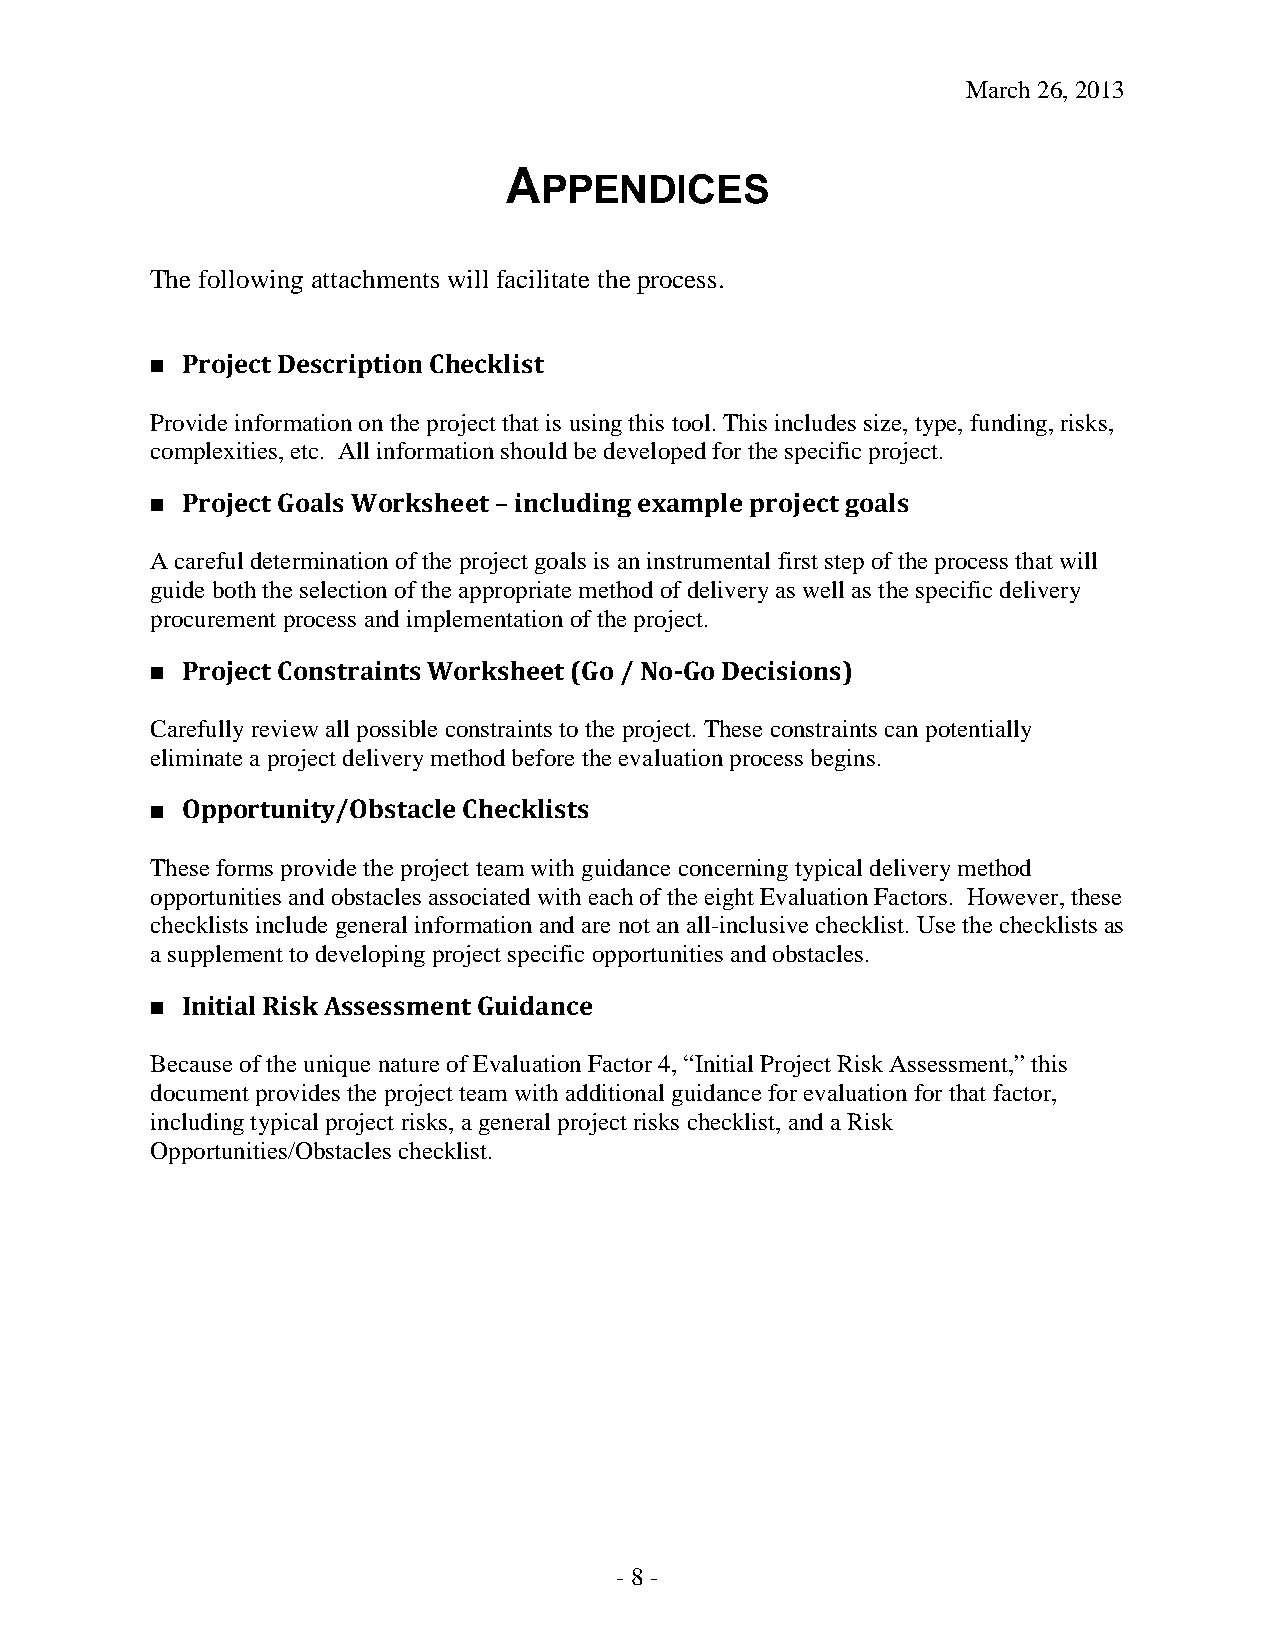
March 26, 2013
 A
 PPENDICES
 The following attachments will facilitate the process.
  Project Description Checklist
 Provide information on the project that is using this tool. This includes size, type, funding, risks,
 complexities, etc. All information should be developed for the specific project.
  Project Goals Worksheet – including example project goals
 A careful determination of the project goals is an instrumental first step of the process that will
 guide both the selection of the appropriate method of delivery as well as the specific delivery
 procurement process and implementation of the project.
  Project Constraints Worksheet (Go / No-Go Decisions)
 Carefully review all possible constraints to the project. These constraints can potentially
 eliminate a project delivery method before the evaluation process begins.
  Opportunity/Obstacle Checklists
 These forms provide the project team with guidance concerning typical delivery method
 opportunities and obstacles associated with each of the eight Evaluation Factors. However, these
 checklists include general information and are not an all-inclusive checklist. Use the checklists as
 a supplement to developing project specific opportunities and obstacles.
  Initial Risk Assessment Guidance
 Because of the unique nature of Evaluation Factor 4, “Initial Project Risk Assessment,” this
 document provides the project team with additional guidance for evaluation for that factor,
 including typical project risks, a general project risks checklist, and a Risk
 Opportunities/Obstacles checklist.
 - 8 -